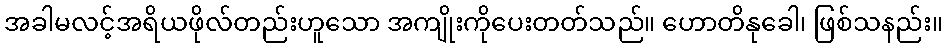
အခါမလင့်အရိယဖိုလ်တည်းဟူသော အကျိုးကိုပေးတတ်သည်။ ဟောတိနုခေါ၊ ဖြစ်သနည်း။